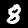
Digit: 8